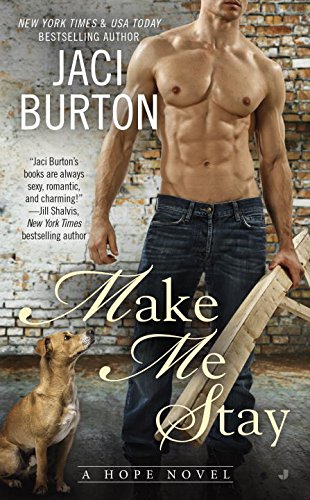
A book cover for Make Me Stay (A Hope Novel); Jaci Burton; Romance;